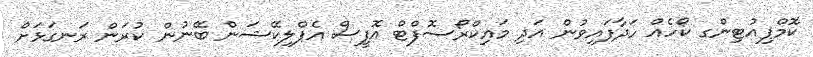
ކޮމްޕިއުޓިންގ ކޯހެއް ހަދާފައިވުން އަދި މައިކްރޯސޮފްޓް އޮފީސް އެޕްލިކޭޝަން ބޭނުން ކުރަން ރަނގަޅަށް